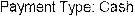
PAYMENT TYPE: CASH